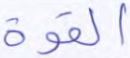
القوة